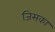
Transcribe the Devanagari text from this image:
जिसका